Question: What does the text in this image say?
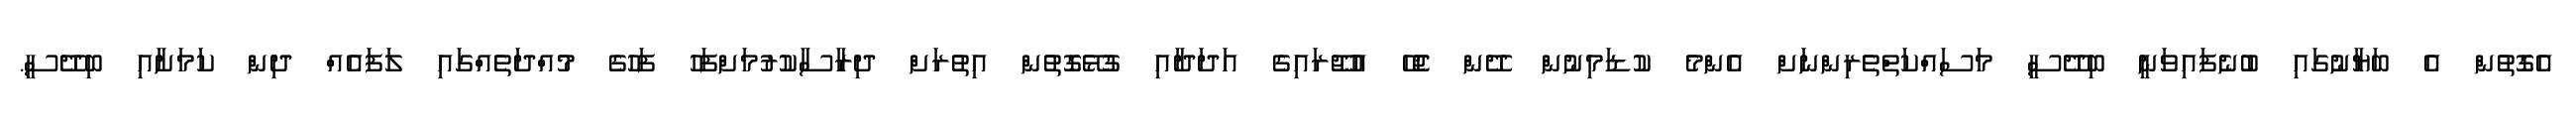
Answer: އެގޮތުން އެ ބަޔާނުގައި ބުނެފައިވަނީ ބިދޭސީ މަސައްކަތްތެރިންނަށް އެންމެ ކުޑަމިނުން ދޭން ޖެހޭ އުޖޫރައިގެ އަދަދާއި ގުޅޭގޮތުން އިތުރަށް ދިރާސާކުރުމަށްފަހު ފަހުގެ މުއްދަތެއްގައި ލަފައެއް ދިން ކަމަށާއި ބިދޭސީ.